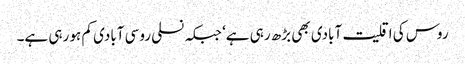
روس کی اقلیت آبادی بھی بڑھ رہی ہے‘ جبکہ نسلی روسی آبادی کم ہو رہی ہے۔